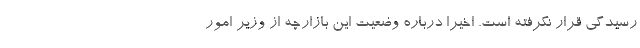
رسیدگی قرار نگرفته است. اخیرا درباره وضعیت این بازارچه از وزیر امور